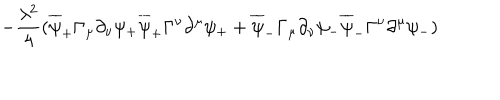
- { \frac { \lambda ^ { 2 } } { 4 } } ( \overline { { { \psi } } } _ { + } \Gamma _ { \mu } \partial _ { \nu } \psi _ { + } \overline { { { \psi } } } _ { + } \Gamma ^ { \nu } \partial ^ { \mu } \psi _ { + } + \overline { { { \psi } } } _ { - } \Gamma _ { \mu } \partial _ { \nu } \psi _ { - } \overline { { { \psi } } } _ { - } \Gamma ^ { \nu } \partial ^ { \mu } \psi _ { - } )